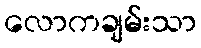
လောကချမ်းသာ